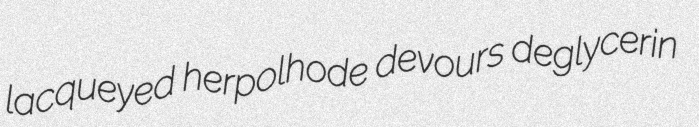
lacqueyed herpolhode devours deglycerin